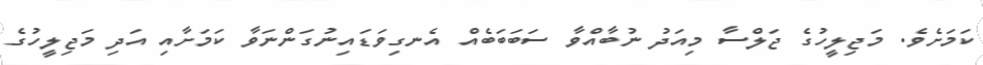
ކަމަށެވެ. މަޖިލީހުގެ ޖަލްސާ މިއަދު ނުބާއްވާ ސަބަބަބެއް އެނގިވަޑައިނުގަންނަވާ ކަމަށާއި އަދި މަޖިލީހުގެ